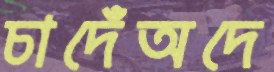
চাদেঁঅদে